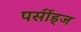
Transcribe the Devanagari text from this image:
पर्सीड्‌ज